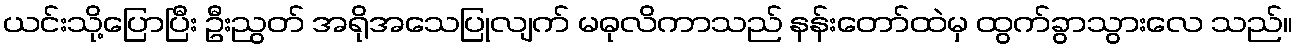
ယင်းသို့ပြောပြီး ဦးညွတ် အရိုအသေပြုလျက် မဓုလိကာသည် နန်းတော်ထဲမှ ထွက်ခွာသွားလေ သည်။